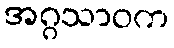
အဂ္ဂသာဝက